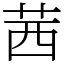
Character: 茜